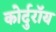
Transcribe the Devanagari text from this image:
कोर्दुरॉय